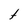
Character: t